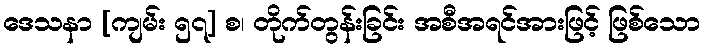
ဒေသနာ [ကျမ်း ၅၇] စ၊ တိုက်တွန်းခြင်း အစီအရင်အားဖြင့် ဖြစ်သော